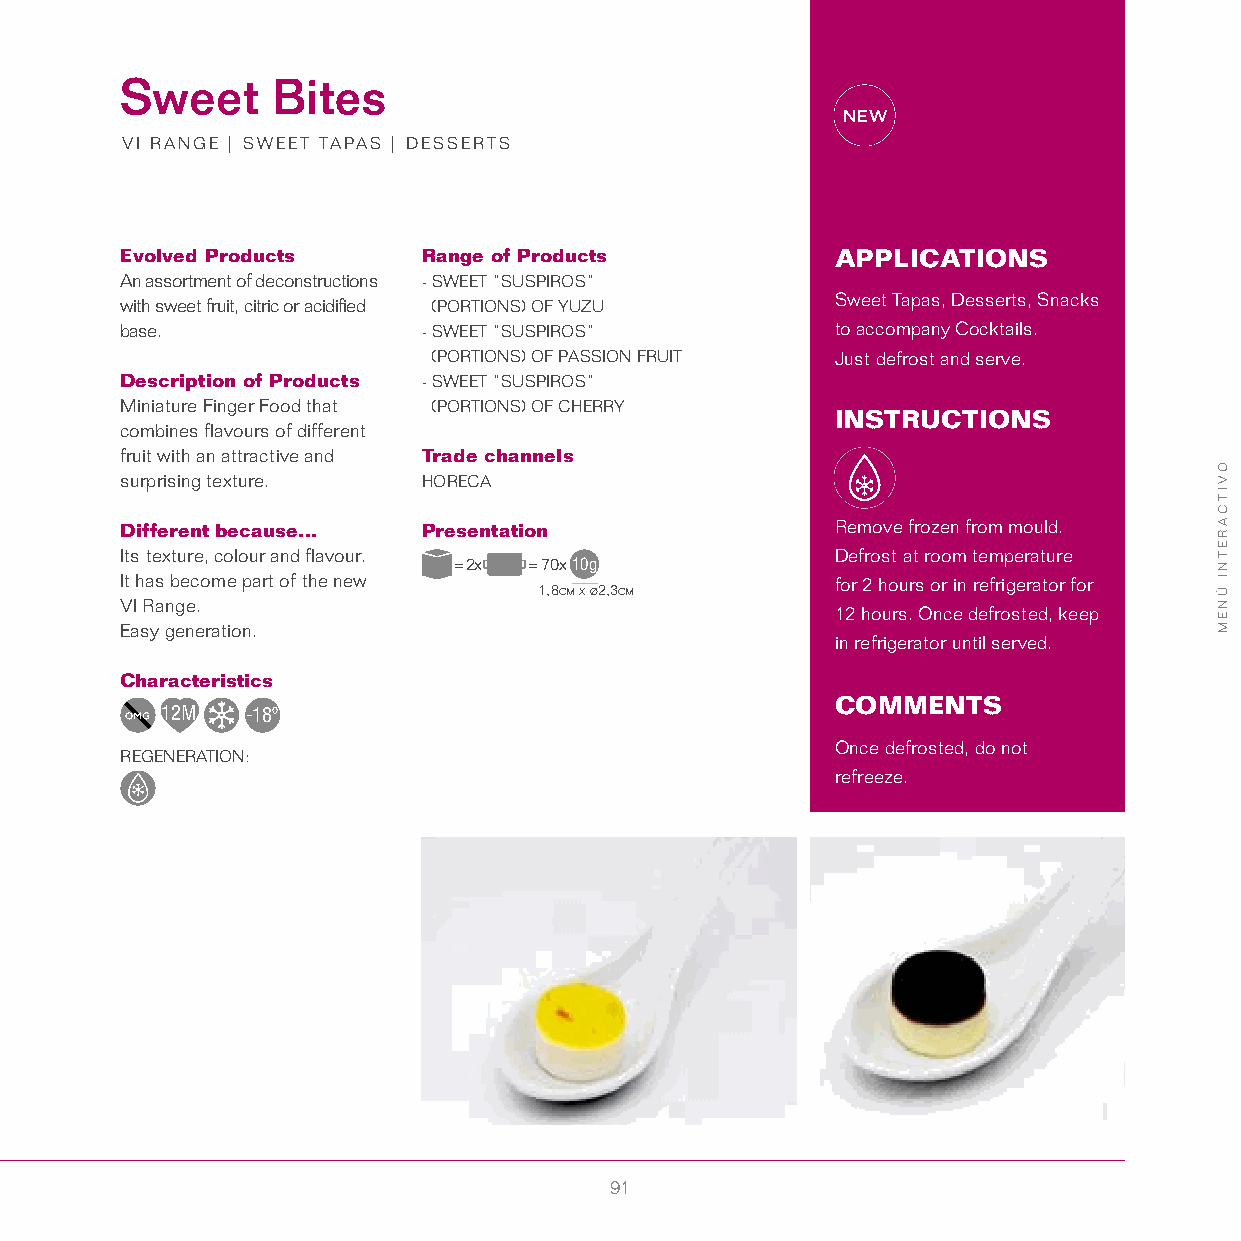
Sweet     Bites
 VI RANGE | SWEET TAPAS | DESSERTS
 Evolved Products    Range of Products          APPLICATIONS
 An assortment of deconstructions - SWEET “SUSPIROS”
 with sweet fruit, citric or acidified (PORTIONS) OF YUZU Sweet Tapas, Desserts, Snacks
 base.               - SWEET “SUSPIROS”         to accompany Cocktails.
 (PORTIONS) OF PASSION FRUIT Just defrost and serve.
 Description of Products - SWEET “SUSPIROS”
 Miniature Finger Food that (PORTIONS) OF CHERRY
 INSTRUCTIONS
 combines flavours of different
 fruit with an attractive and Trade channels
 surprising texture. HORECA
 Different because... Presentation              Remove frozen from mould.
 Its texture, colour and flavour.               Defrost at room temperature
 = 2x = 70x10g
 It has become part of the new                  for 2 hours or in refrigerator for
 1,8cm x ø2,3cm
 VI Range.
 12 hours. Once defrosted, keep
 Easy generation.
 in refrigerator until served.
 Characteristics
 COMMENTS
 12M  -18º
 Once defrosted, do not
 REGENERATION:
 refreeze.
 91
 OVITCARETNI
 ÚNEM